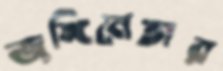
জঙ্গিনেতার